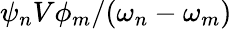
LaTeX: \psi_{n}V\phi_{m}/(\omega_{n}-\omega_{m})